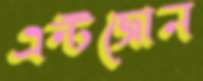
এন্টজোন